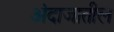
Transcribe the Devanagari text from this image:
अंदाजातील